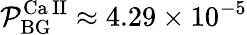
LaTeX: \mathcal{P}_{\mathrm{{BG}}}^{\mathrm{{Ca\, II}}}\approx4.29\times10^{-5}